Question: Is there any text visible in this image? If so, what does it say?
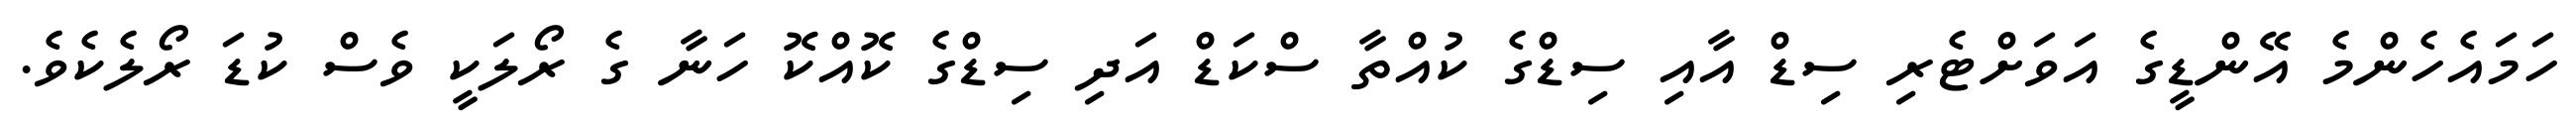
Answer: ހަމައެހެންމެ އޭންޑީގެ އަވަށްޓެރި ސިޑް އާއި ސިޑްގެ ކުއްތާ ސްކަޑް އަދި ސިޑްގެ ކޮއްކޮ ހަނާ ގެ ރޯލަކީ ވެސް ކުޑަ ރޯލެކެވެ.